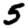
Digit: 5